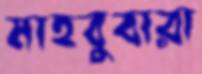
মাহবুবারা